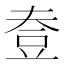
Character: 𧯟